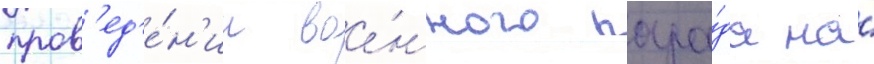
пров'ед'е́н'ии вое́нного пара́да на́